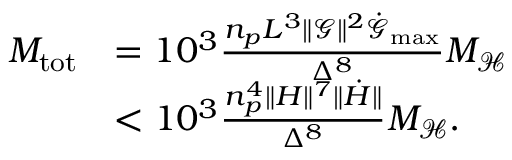
\begin{array} { r l } { M _ { \mathrm { t o t } } } & { = 1 0 ^ { 3 } \frac { n _ { p } L ^ { 3 } \lVert \boldsymbol { \mathcal { G } } \rVert ^ { 2 } \dot { \mathcal { G } } _ { \mathrm { m a x } } } { \Delta ^ { 8 } } M _ { \mathcal { H } } } \\ & { < 1 0 ^ { 3 } \frac { n _ { p } ^ { 4 } \lVert H \rVert ^ { 7 } \lVert \dot { H } \rVert } { \Delta ^ { 8 } } M _ { \mathcal { H } } . } \end{array}